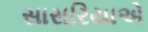
સાસરિયાએ